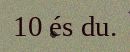
10 és du.